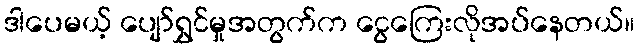
ဒါပေမယ့် ပျော်ရွှင်မှုအတွက်က ငွေကြေးလိုအပ်နေတယ်။